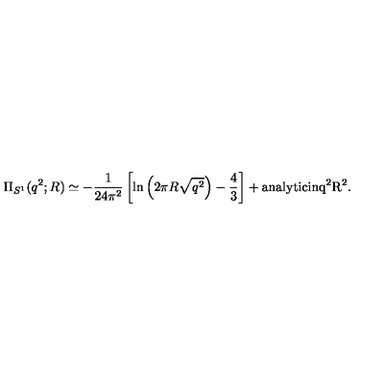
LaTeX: \Pi _ { S ^ { 1 } } ( q ^ { 2 } ; R ) \simeq - { \frac { 1 } { 2 4 \pi ^ { 2 } } } \left[ \ln \left( 2 \pi R \sqrt { q ^ { 2 } } \right) - { \frac { 4 } { 3 } } \right] + \mathrm { a n a l y t i c i n q ^ 2 R ^ 2 } .